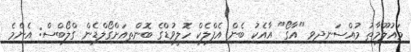
މައުލޫމާތު މުއްސަނދިވި "އާގޯ" އާއެކު ބެން އެފްލެކް ހޮލީވުޑްގެ ބޮންތިއަށްގޯލްޑެން ގްލޯބްސް: އެންމެ